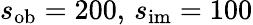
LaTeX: s_{\mathrm{ob}}=200,\, s_{\mathrm{im}}=100